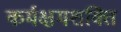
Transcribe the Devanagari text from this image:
कर्मक्षमशक्ति